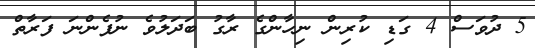
5 ދުވަސް 4 ގަޑި ކުރިން ނިހާންގެ ރާގު ބަދަލުވެ ނުފެންނަ ފަރާތް